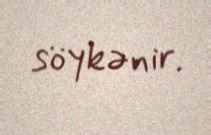
söykənir.